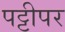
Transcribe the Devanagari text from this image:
पट्टीपर